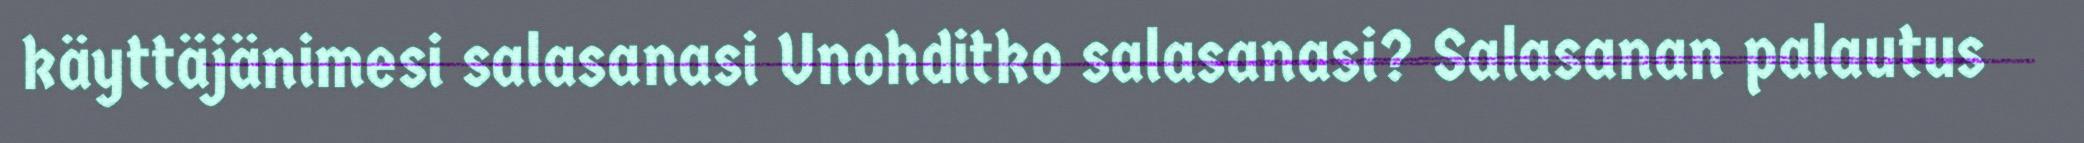
käyttäjänimesi salasanasi Unohditko salasanasi? Salasanan palautus